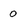
Character: o